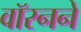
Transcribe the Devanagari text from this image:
वॉरनने